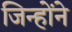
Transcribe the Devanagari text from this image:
जिन्होँने